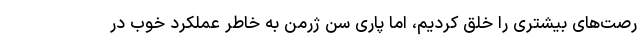
رصت‌های بیشتری را خلق کردیم، اما پاری سن ژرمن به خاطر عملکرد خوب در